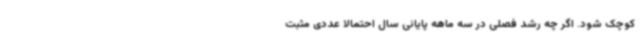
کوچک شود. اگر چه رشد فصلی در سه ماهه پایانی سال احتمالا عددی مثبت